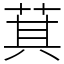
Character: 萁